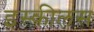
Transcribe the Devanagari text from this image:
इस्कीलस